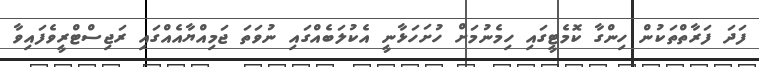
ފަދަ ފަރާތްތަކުން ހިންގާ ކޮމެޓީގައި ހިމެނުމަށް ހުށަހަޅާނީ އެކުލަބެއްގައި ނުވަތަ ޖަމިއްޔާއެއްގައި ރަޖިސްޓްރީވެފައިވާ